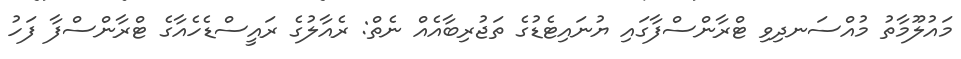
މައުލޫމާތު މުއްސަނދިވި ޓްރާންސްފާގައި ޔުނައިޓެޑުގެ ތަޖުރިބާއެއް ނެތް: ރެއާލުގެ ރައީސްޑެހެއާގެ ޓްރާންސްފާ ފަހު